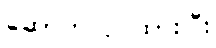
ဆောက်လုပ်ထားပြီး